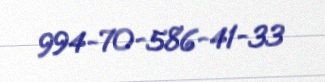
994-70-586-41-33